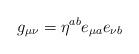
LaTeX: \begin{align*}g_{\mu \nu } = \eta ^{ a b } e_{\mu a } e_{\nu b }\end{align*}